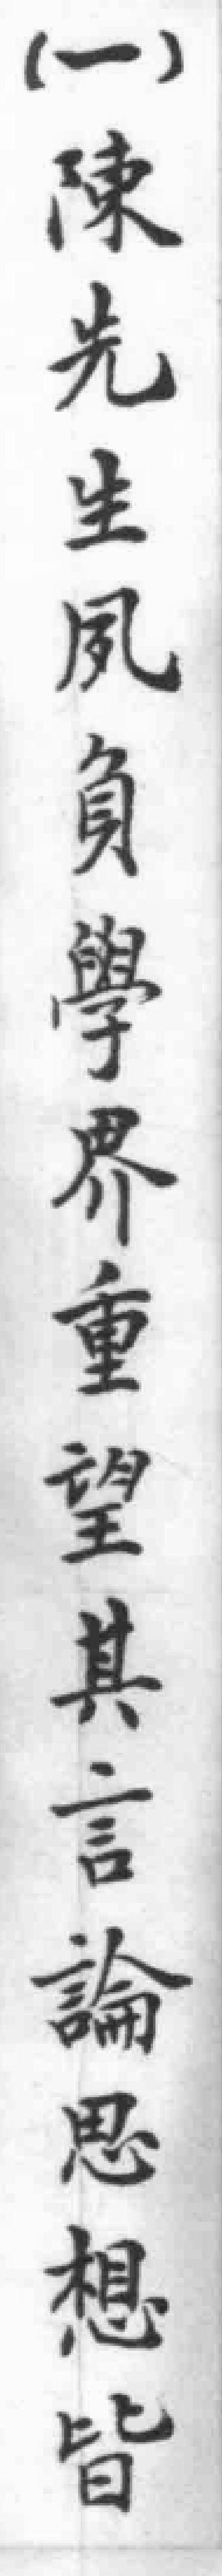
（一）陳先生風負學界重望其言論思想皆